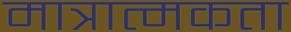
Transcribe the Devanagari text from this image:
मात्रात्मकता